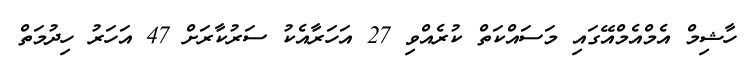
ހާޝިމް އެމްއެމްއޭގައި މަސައްކަތް ކުރެއްވި 27 އަހަރާއެކު ސަރުކާރަށް 47 އަހަރު ހިދުމަތް